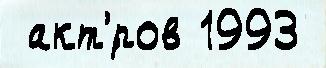
 акт'́ров 1993